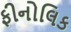
ફીનોલિક